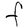
Character: F